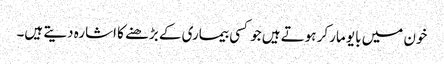
خون میں بایو مارکر ہوتے ہیں جو کسی بیماری کے بڑھنے کا اشارہ دیتے ہیں۔